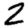
Digit: 2